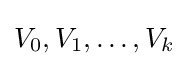
V_{0},V_{1},\ldots ,V_{k}